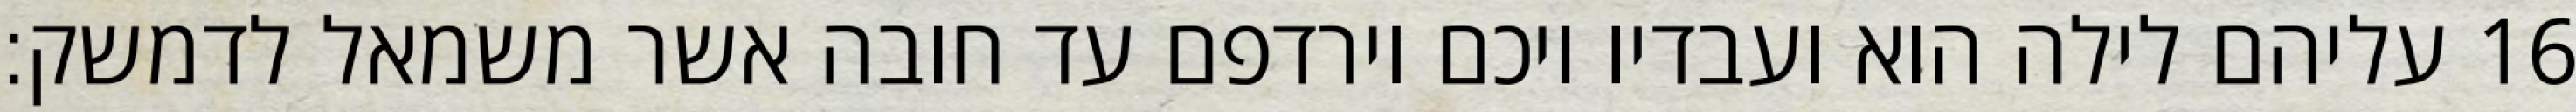
עליהם לילה הוא ועבדיו ויכם וירדפם עד חובה אשר משמאל לדמשק׃ ‎16‏